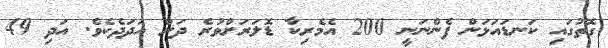
ގޮތުގައި ކަނޑައަޅަން ފެންނަނީ 200 އެމެރިކާ ޑޮލަރަށްވުރެ ދަށް އަދަދެކެވެ. އަދި 49